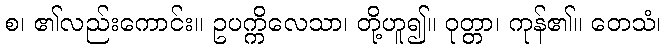
စ၊ ၏လည်းကောင်း။ ဥပက္ကိလေသာ၊ တို့ဟူ၍။ ဝုတ္တာ၊ ကုန်၏။ တေသံ၊